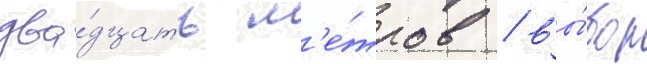
два́дцать м'е́тров / вы́бор